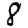
Digit: 8